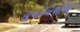
યૂનાનિઓએ